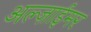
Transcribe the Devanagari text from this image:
अल्ज़ाईमर